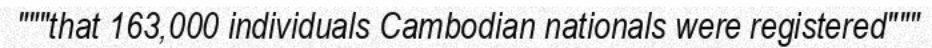
"""that 163,000 individuals Cambodian nationals were registered"""